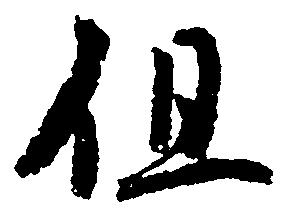
但